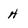
Character: h